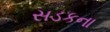
સડકના